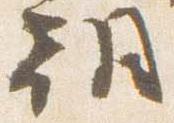
朝